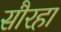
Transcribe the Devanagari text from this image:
सौरहा